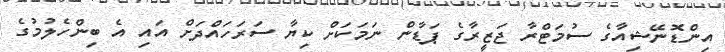
އިންޑޮނޭޝިއާގެ ސުމަޓްރާ ޖަޒީރާގެ ޕަޑާން ނަމަކަށް ކިޔާ ސަރަހައްދަށް އައި އެ ބިންހެލުމުގެ